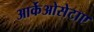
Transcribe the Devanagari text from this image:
आर्केओसेटाए